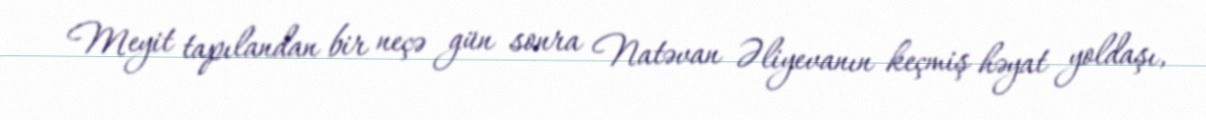
Meyit tapılandan bir neçə gün sonra Natəvan Əliyevanın keçmiş həyat yoldaşı,